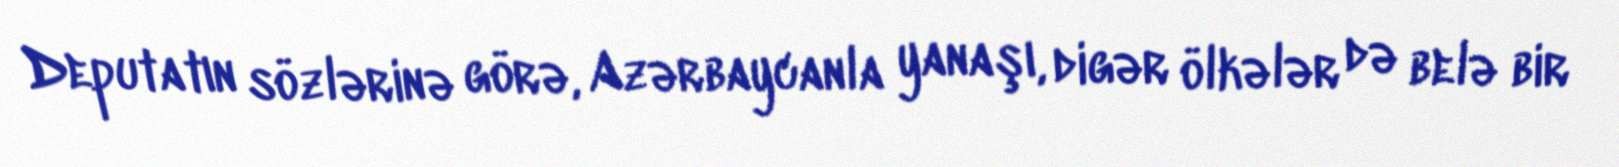
Deputatın sözlərinə görə, Azərbaycanla yanaşı, digər ölkələr də belə bir